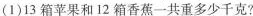
(1)13箱苹果和12箱香蕉一共重多少千克?